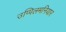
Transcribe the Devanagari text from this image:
उप्पिलमनियार